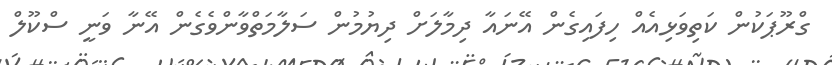
ގްރޫޕަކުން ކަތިވަޅިއެއް ހިފައިގެން އޭނައާ ދިމާލަށް ދިޔުމުން ސަލާމަތްވާންވެގެން އޭނާ ވަނީ ސްކޫލް